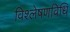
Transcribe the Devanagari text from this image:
विश्लेषणविधि